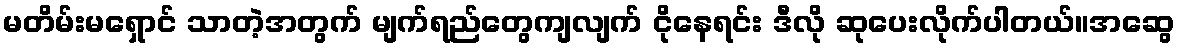
မတိမ်းမရှောင် သာတဲ့အတွက် မျက်ရည်တွေကျလျက် ငိုနေရင်း ဒီလို ဆုပေးလိုက်ပါတယ်။အဆွေ